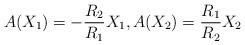
LaTeX: \begin{align*}A(X_1)=-\frac{R_2}{R_1}X_1,A(X_2)=\frac{R_1}{R_2}X_2\end{align*}